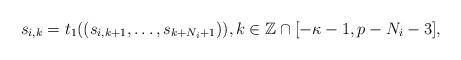
LaTeX: \begin{align*}s_{i,k} = t_{1}((s_{i,k+1},\ldots,s_{k+N_i+1})), k\in\mathbb{Z}\cap[-\kappa-1,p-N_i-3],\end{align*}